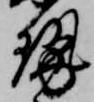
勢